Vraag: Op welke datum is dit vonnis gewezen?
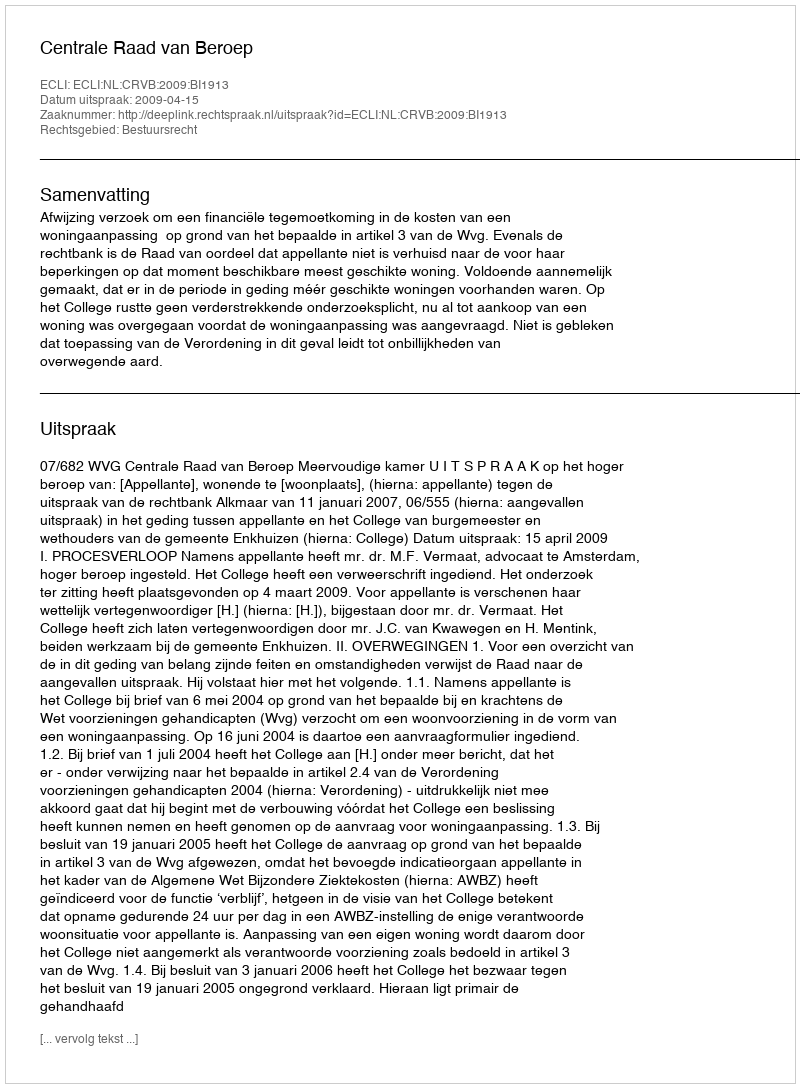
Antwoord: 2009-04-15